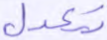
تعدل